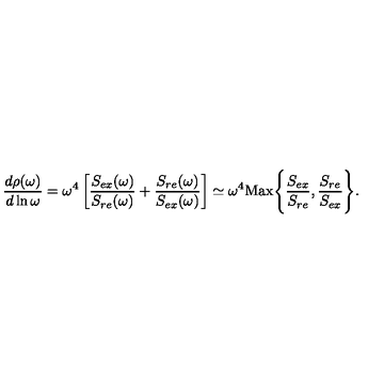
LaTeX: { \frac { d \rho ( \omega ) } { d \ln \omega } } = \omega ^ { 4 } \left[ { \frac { S _ { e x } ( \omega ) } { S _ { r e } ( \omega ) } } + { \frac { S _ { r e } ( \omega ) } { S _ { e x } ( \omega ) } } \right] \simeq \omega ^ { 4 } \mathrm { M a x } \Biggl \{ { \frac { S _ { e x } } { S _ { r e } } } , { \frac { S _ { r e } } { S _ { e x } } } \Biggr \} .